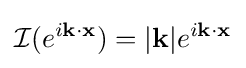
{\mathcal {I}}(e^{i\mathbf {k} \cdot \mathbf {x} })=|\mathbf {k} |e^{i\mathbf {k} \cdot \mathbf {x} }